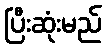
ပြီးဆုံးမည်